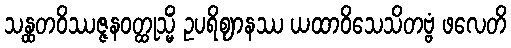
သန္ထတဝိဿဇ္ဇနဝတ္ထုသ္မိံ ဥပရိဈာနဿ ယထာဝိသေသိတဗ္ဗံ ဖလေတိ